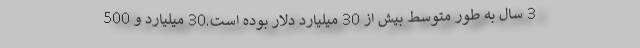
3 سال به طور متوسط بیش از 30 میلیارد دلار بوده است.30 میلیارد و 500